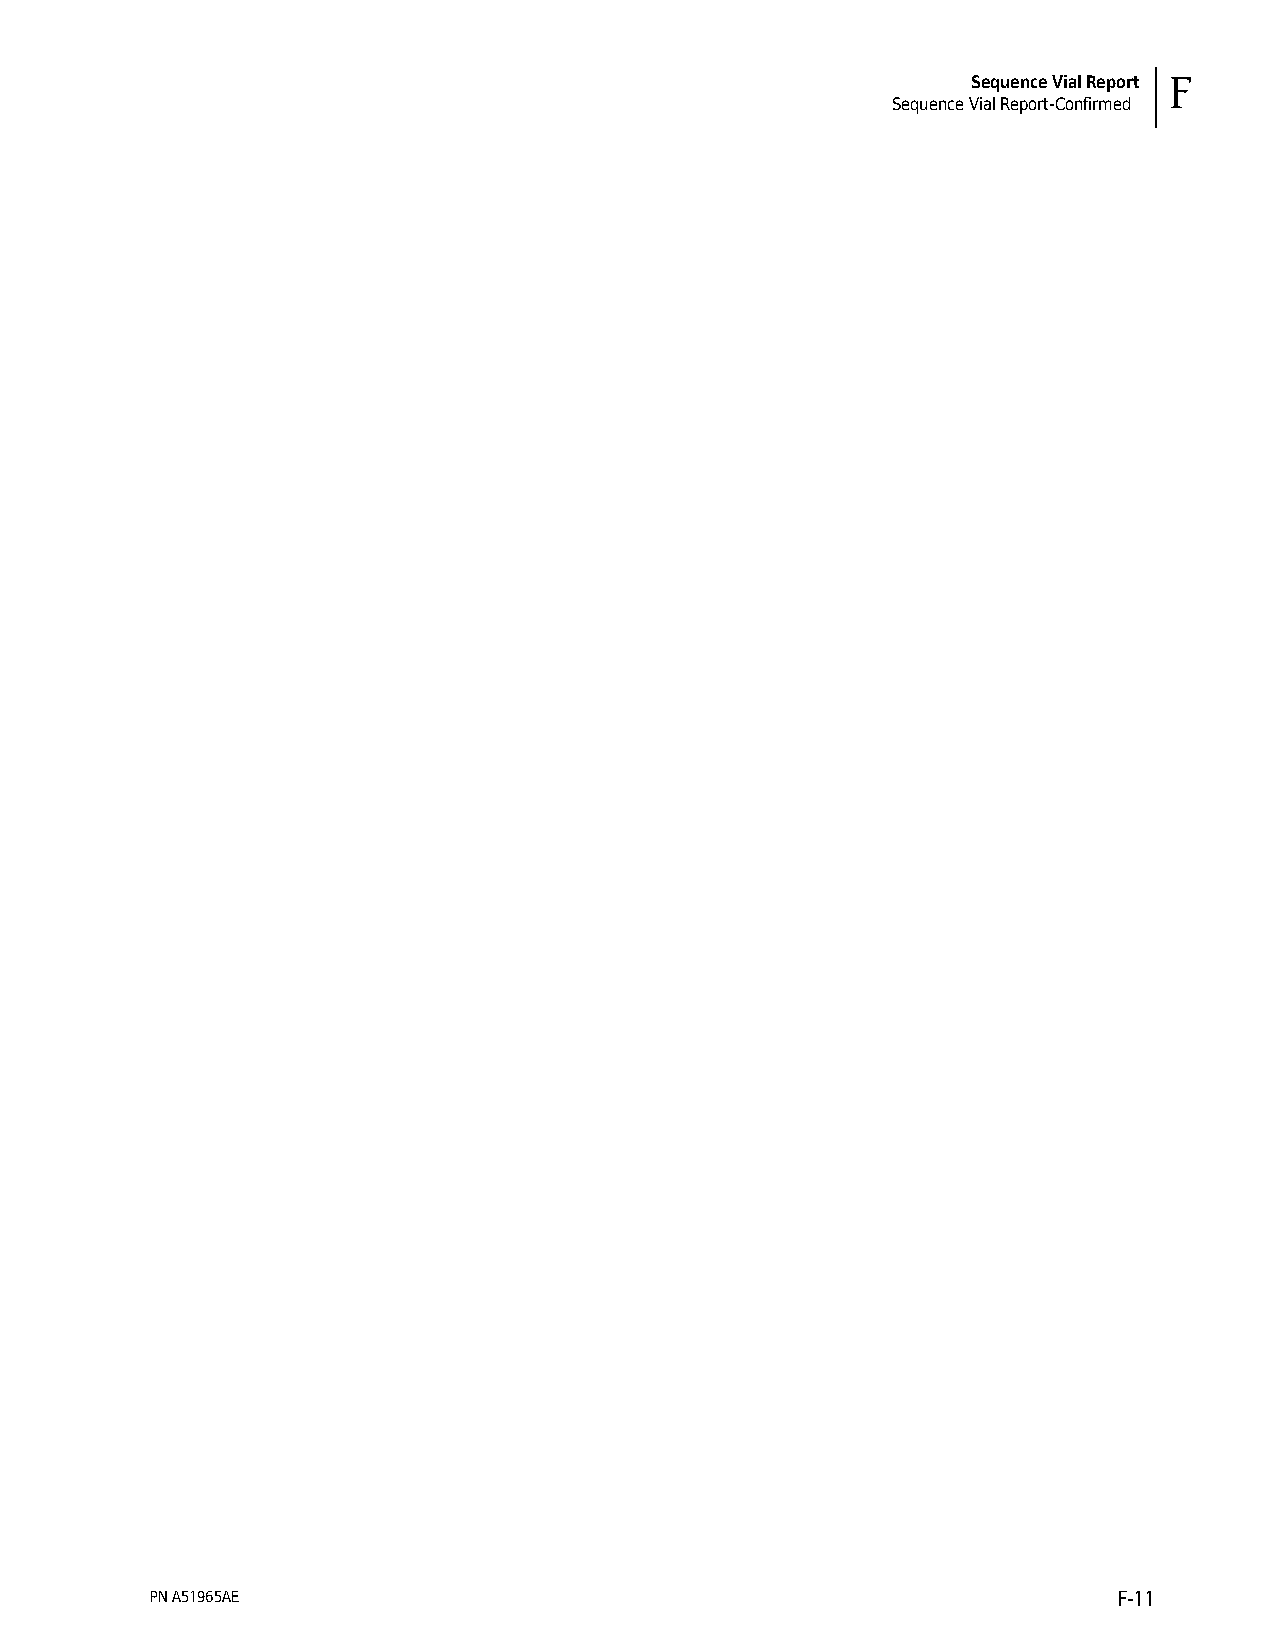
Sequence Vial Report F
 Sequence Vial Report-Confirmed
 PN A51965AE                                                     F-11